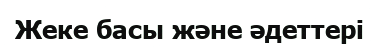
Жеке басы және әдеттері